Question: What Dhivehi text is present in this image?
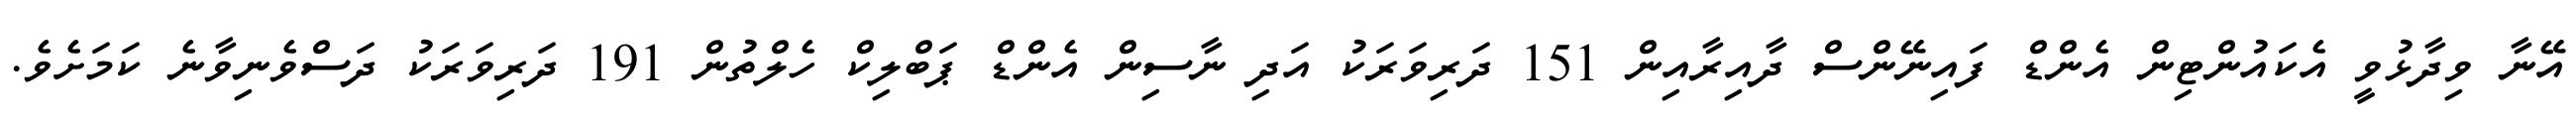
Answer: އޭނާ ވިދާޅުވީ އެކައުންޓިން އެންޑް ފައިނޭންސް ދާއިރާއިން 151 ދަރިވަރަކު އަދި ނާސިން އެންޑް ޕަބްލިކް ހެލްތުން 191 ދަރިވަރަކު ދަސްވެނިވާނެ ކަމަށެވެ.